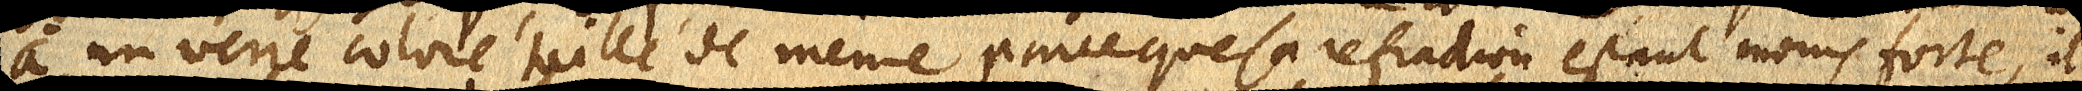
à un verre coloré taillé de même parce que sa refraction estant moins forte, il